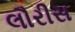
લૌરીસ